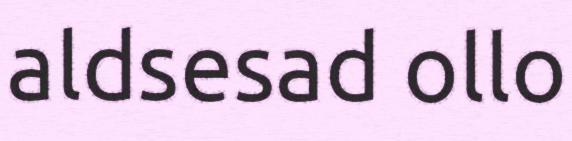
aldsesad ollo